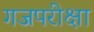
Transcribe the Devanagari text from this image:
गजपरीक्षा